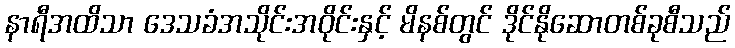
နာရီအထိသာ ဒေသခံအသိုင်းအဝိုင်းနှင့် မိနစ်တွင် ဒိုင်နိုဆောတစ်ခုစီသည်